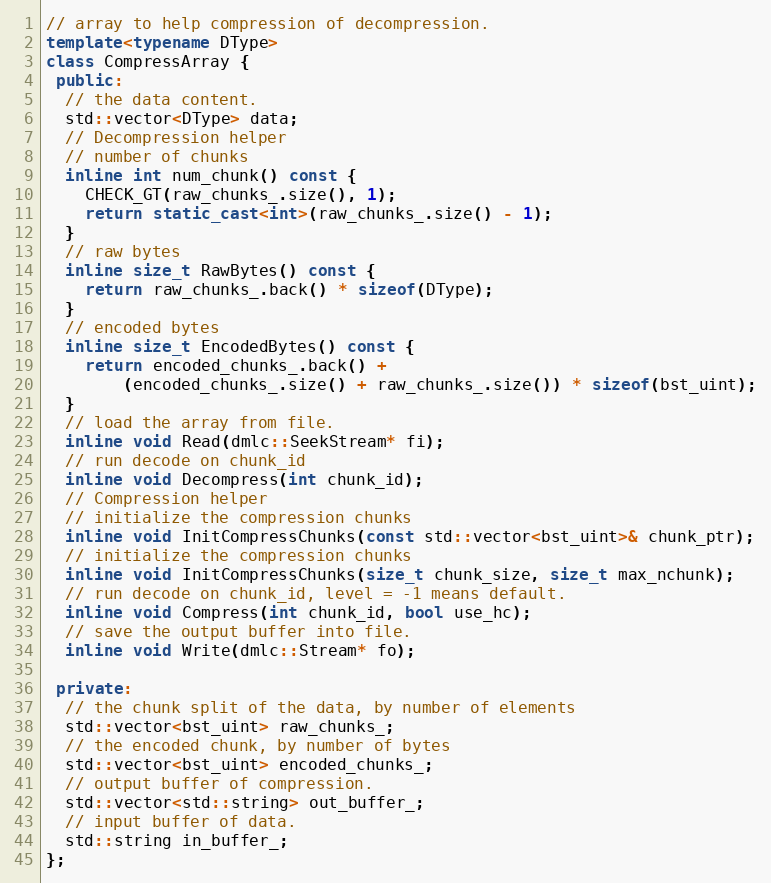
Language: C++
// array to help compression of decompression.
template<typename DType>
class CompressArray {
 public:
  // the data content.
  std::vector<DType> data;
  // Decompression helper
  // number of chunks
  inline int num_chunk() const {
    CHECK_GT(raw_chunks_.size(), 1);
    return static_cast<int>(raw_chunks_.size() - 1);
  }
  // raw bytes
  inline size_t RawBytes() const {
    return raw_chunks_.back() * sizeof(DType);
  }
  // encoded bytes
  inline size_t EncodedBytes() const {
    return encoded_chunks_.back() +
        (encoded_chunks_.size() + raw_chunks_.size()) * sizeof(bst_uint);
  }
  // load the array from file.
  inline void Read(dmlc::SeekStream* fi);
  // run decode on chunk_id
  inline void Decompress(int chunk_id);
  // Compression helper
  // initialize the compression chunks
  inline void InitCompressChunks(const std::vector<bst_uint>& chunk_ptr);
  // initialize the compression chunks
  inline void InitCompressChunks(size_t chunk_size, size_t max_nchunk);
  // run decode on chunk_id, level = -1 means default.
  inline void Compress(int chunk_id, bool use_hc);
  // save the output buffer into file.
  inline void Write(dmlc::Stream* fo);

 private:
  // the chunk split of the data, by number of elements
  std::vector<bst_uint> raw_chunks_;
  // the encoded chunk, by number of bytes
  std::vector<bst_uint> encoded_chunks_;
  // output buffer of compression.
  std::vector<std::string> out_buffer_;
  // input buffer of data.
  std::string in_buffer_;
};